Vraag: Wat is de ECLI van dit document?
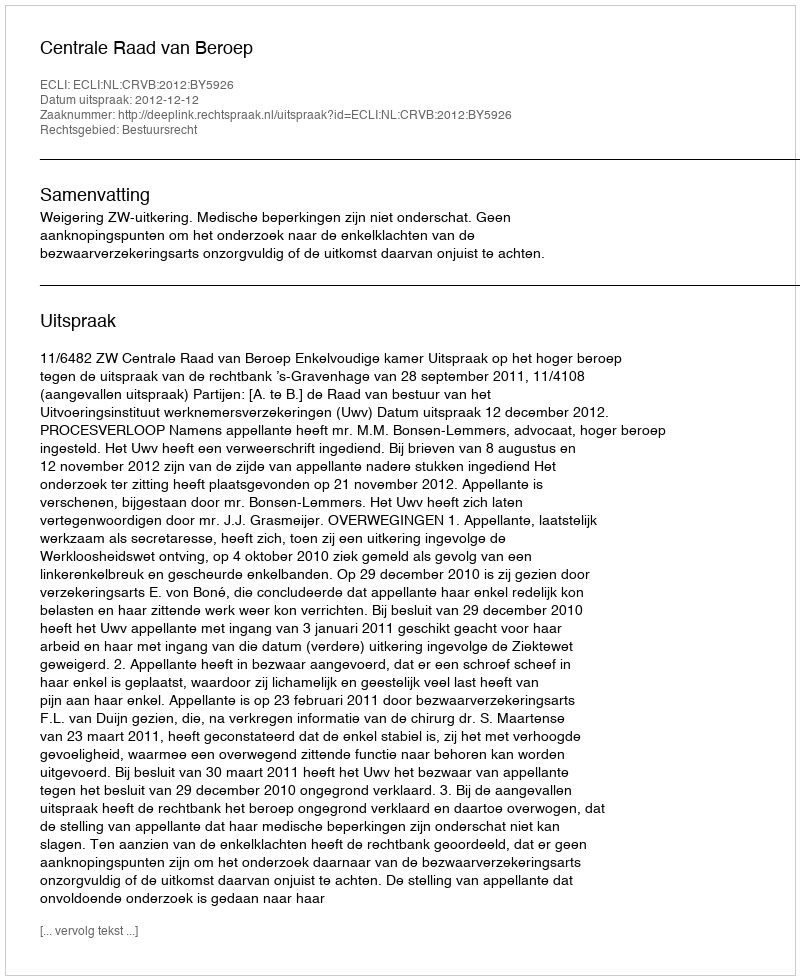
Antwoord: ECLI:NL:CRVB:2012:BY5926